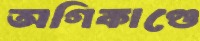
অগিকাণ্ডে